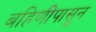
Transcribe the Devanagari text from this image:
बहिणींपासून